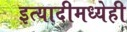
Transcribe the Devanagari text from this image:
इत्यादीमध्येही